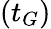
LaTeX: (t_{G})